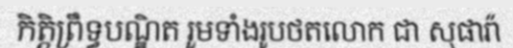
កិត្តិព្រឹទ្ធបណ្ឌិត រួមទាំងរូបថតលោក ជា សុផារ៉ា